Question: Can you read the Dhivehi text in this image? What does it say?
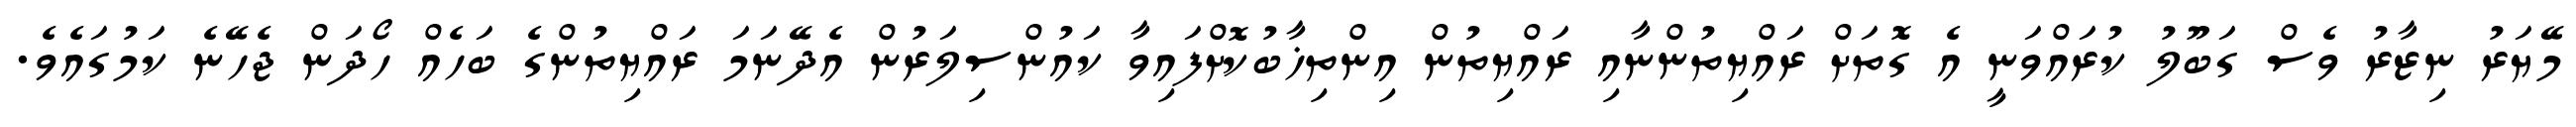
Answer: މޭޔަރު ނިޒާރު ވެސް ގަބޫލު ކުރައްވަނީ އެ ގޮތަށް ރައްޔިތުންނާއި ރައްޔިތުން އިންތިޚާބުކޮށްފައިވާ ކައުންސިލަރުން އެދޭނަމަ ރައްޔިތުންގެ ބަހެއް ހޯދަން ޖެހޭނެ ކަމުގައެވެ.